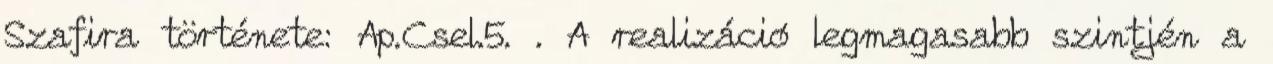
Szafira története: Ap.Csel.5. . A realizáció legmagasabb szintjén a